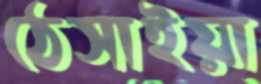
ঠেসাইয়া